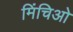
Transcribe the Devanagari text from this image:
मिंचिओ